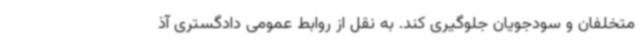
متخلفان و سودجویان جلوگیری کند. به نقل از روابط عمومی دادگستری آذ